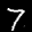
Label: 7